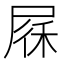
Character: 𱚻